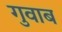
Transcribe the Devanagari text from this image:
गुवाब